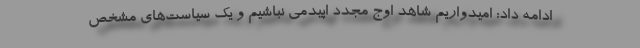
ادامه داد: امیدواریم شاهد اوج مجدد اپیدمی نباشیم و یک سیاست‌های مشخص